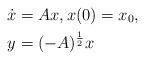
LaTeX: \begin{align*}\dot{x}={}&Ax, x(0)=x_{0},\\y={}&(-A)^{\frac{1}{2}}x\end{align*}